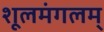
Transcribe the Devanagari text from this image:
शूलमंगलम्‌